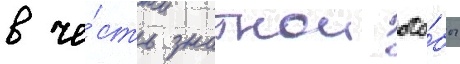
в че́сть знатнои осо́бы